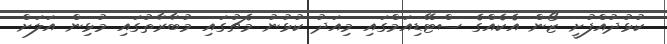
ކުޅުދުއްފުށީ ޒޯން އެކެއްގެ ސްޓޭޑިއަމްގައި މިއަދު ކުޅުނު މެޗުގައި މުބާރާތުގައި މުޅިން އަލަށް